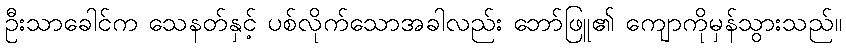
ဦးသာခေါင်က သေနတ်နှင့် ပစ်လိုက်သောအခါလည်း ဘော်ဖြူ၏ ကျောကိုမှန်သွားသည်။